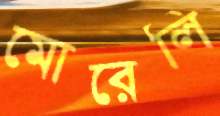
মোরেলি